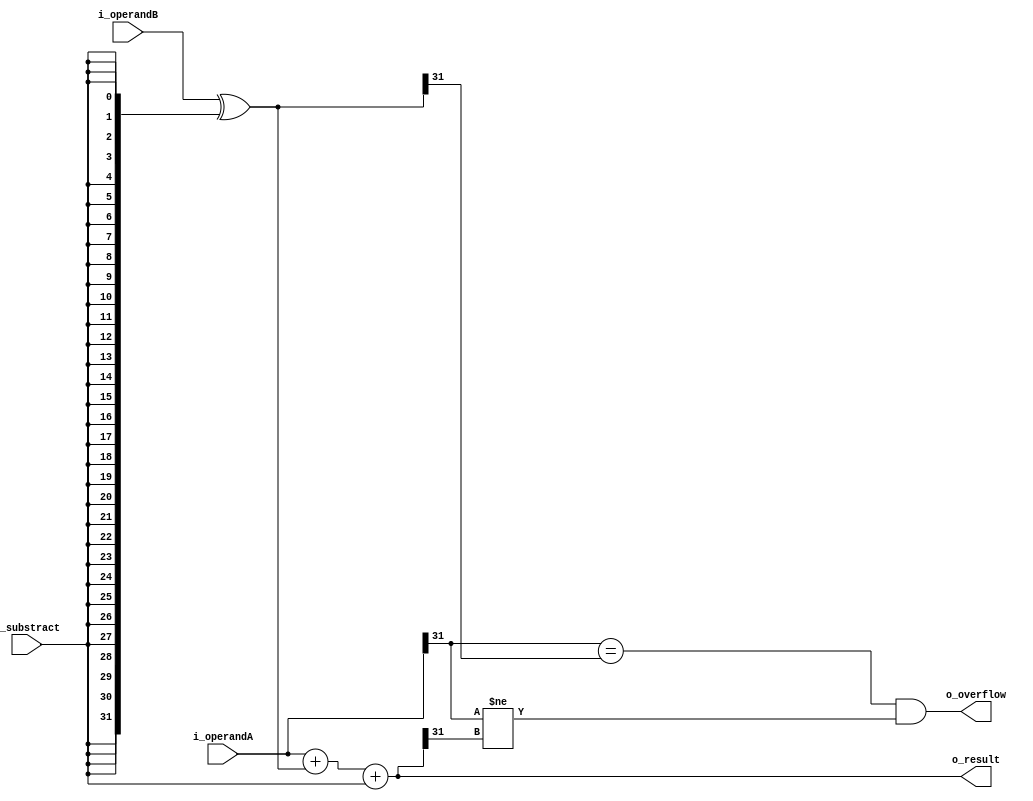
module SumadorRestador#(
    parameter DATA_LEN  = 32
)
(
    input wire signed  [DATA_LEN-1 : 0] i_operandA,
    input wire signed  [DATA_LEN-1 : 0] i_operandB,
    input wire                          i_substract,
    output wire signed [DATA_LEN-1 : 0] o_result,
    output wire                         o_overflow
);
  
    //Invertir bits si se resta
    wire signed [DATA_LEN-1 : 0] operandB;

    assign operandB = i_operandB ^  {DATA_LEN {i_substract}};

    //Calculo - Sumar 1 si se resta pq es suma resta signada
    assign o_result = i_operandA + operandB + {{DATA_LEN - 1{1'b0}}, i_substract};           
    
    //Overflow
    assign o_overflow = (i_operandA[DATA_LEN -1] == operandB[DATA_LEN -1]) &
                        (i_operandA[DATA_LEN -1] != o_result[DATA_LEN -1]);
endmodule